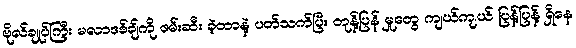
ဗိုလ်ချုပ်ကြီး မလာဒစ်ချ်ကို ဖမ်းဆီး ခဲ့တာနဲ့ ပတ်သက်ပြီး တုန့်ပြန် မှုတွေ ကျယ်ကျယ် ပြန့်ပြန့် ရှိနေ